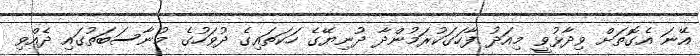
އޭނަ އެގޮތަށް ވިދާޅުވީ މިއަދު ފާހަގަކުރަމުންދާ ދުނިޔޭގެ ހަކަތައިގެ ދުވަހުގެ މުނާސަބަތުގައި ދެއްވި